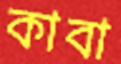
কাবা